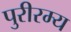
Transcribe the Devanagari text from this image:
पुरीरम्य